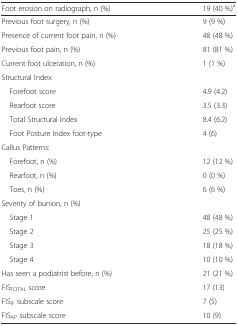
<table><thead><tr><td><b>Foot erosion on radiograph, n (%)</b></td><td><b>19 (40 %)<sup>a</sup></b></td></tr></thead><tbody><tr><td>Previous foot surgery, n (%)</td><td>9 (9 %)</td></tr><tr><td>Presence of current foot pain, n (%)</td><td>48 (48 %)</td></tr><tr><td>Previous foot pain, n (%)</td><td>81 (81 %)</td></tr><tr><td>Current foot ulceration, n (%)</td><td>1 (1 %)</td></tr><tr><td colspan="2">Structural Index</td></tr><tr><td> Forefoot score</td><td>4.9 (4.2)</td></tr><tr><td> Rearfoot score</td><td>3.5 (3.3)</td></tr><tr><td> Total Structural Index</td><td>8.4 (6.2)</td></tr><tr><td> Foot Posture Index foot-type</td><td>4 (6)</td></tr><tr><td colspan="2">Callus Patterns:</td></tr><tr><td> Forefoot, n (%)</td><td>12 (12 %)</td></tr><tr><td> Rearfoot, n (%)</td><td>0 (0 %)</td></tr><tr><td> Toes, n (%)</td><td>6 (6 %)</td></tr><tr><td colspan="2">Severity of bunion, n (%)</td></tr><tr><td> Stage 1</td><td>48 (48 %)</td></tr><tr><td> Stage 2</td><td>25 (25 %)</td></tr><tr><td> Stage 3</td><td>18 (18 %)</td></tr><tr><td> Stage 4</td><td>10 (10 %)</td></tr><tr><td>Has seen a podiatrist before, n (%)</td><td>21 (21 %)</td></tr><tr><td>FIS<sub>TOTAL</sub> score</td><td>17 (13)</td></tr><tr><td>FIS<sub>IF</sub> subscale score</td><td>7 (5)</td></tr><tr><td>FIS<sub>AP</sub> subscale score</td><td>10 (9)</td></tr></tbody></table>